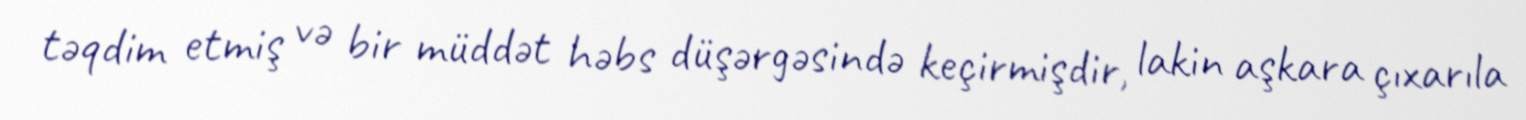
təqdim etmiş və bir müddət həbs düşərgəsində keçirmişdir, lakin aşkara çıxarıla